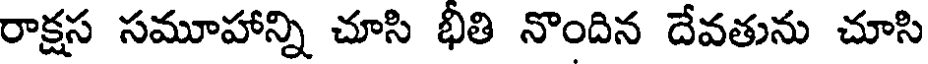
రాక్షస సమూహాన్ని చూసి భీతి నొందిన దేవతును చూసి